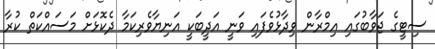
ސިޓީގެ ޖަވާބުގައި އިމްރާން ވިދާޅުވެފައި ވަނީ އަދީބަކީ އަނިޔާވެރިކަމާ ދެކޮޅަށް މަސައްކަތް ކުރާ